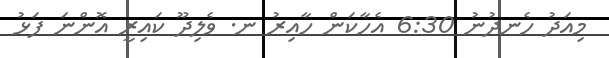
މިއަދު ހެނދުނު 6:30 އެހާކަން ހާއިރު ނ. ވެލިދޫ ކައިރީ އޮންނަ ފަޅު